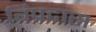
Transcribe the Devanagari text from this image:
बिप्रदास